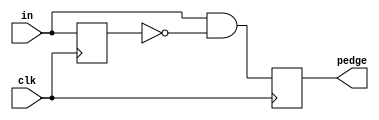
module top_module(
    input clk,
    input [7:0] in,
    output [7:0] pedge
);

    reg [7:0] w;
	
    always@(posedge clk)
        begin
            w<=in;
            pedge<=in & (~w);
        end
		
endmodule